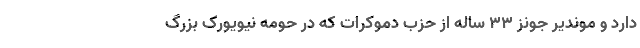
دارد و موندیر جونز ۳۳ ساله از حزب دموکرات که در حومه نیویورک بزرگ